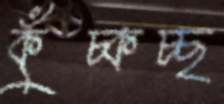
কুঁচ্‌কচ্ছ